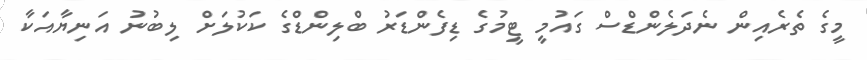
މީގެ ތެރެއިން ނެދަލެންޑްސް ގައުމީ ޓީމުގެ ޑިފެންޑަރު ބްލިންޑްގެ ކަކުލަށް ލިބުނު އަނިޔާއަކާ